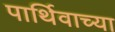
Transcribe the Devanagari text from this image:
पार्थिवाच्या